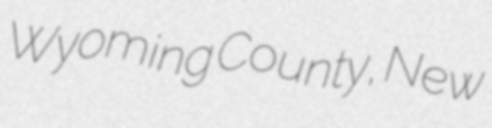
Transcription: Wyoming County, New